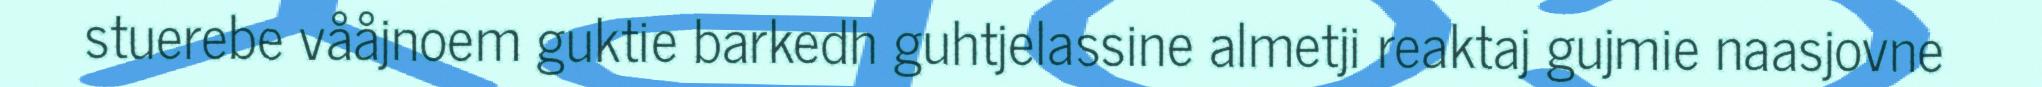
stuerebe vååjnoem guktie barkedh guhtjelassine almetji reaktaj gujmie naasjovne